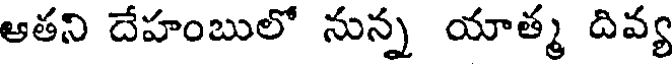
ఆతని దేహంబులో నున్న యాత్మ దివ్య